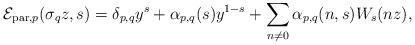
LaTeX: \begin{align*}\mathcal{E}_{\mathrm{par},p}(\sigma_{q}z,s)= \delta_{p,q}y^{s} + \alpha_{p,q}(s)y^{1-s} + \sum_{n\not=0}\alpha_{p,q}(n,s)W_{s}(nz),\end{align*}